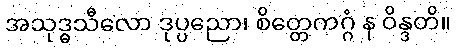
အသုဒ္ဓသီလော ဒုပ္ပညော၊ စိတ္တေကဂ္ဂံ န ဝိန္ဒတိ။